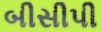
બીસીપી